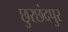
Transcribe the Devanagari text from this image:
छुरछंदपुर